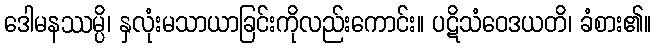
ဒေါမနဿမ္ပိ၊ နှလုံးမသာယာခြင်းကိုလည်းကောင်း။ ပဋိသံဝေဒယတိ၊ ခံစား၏။